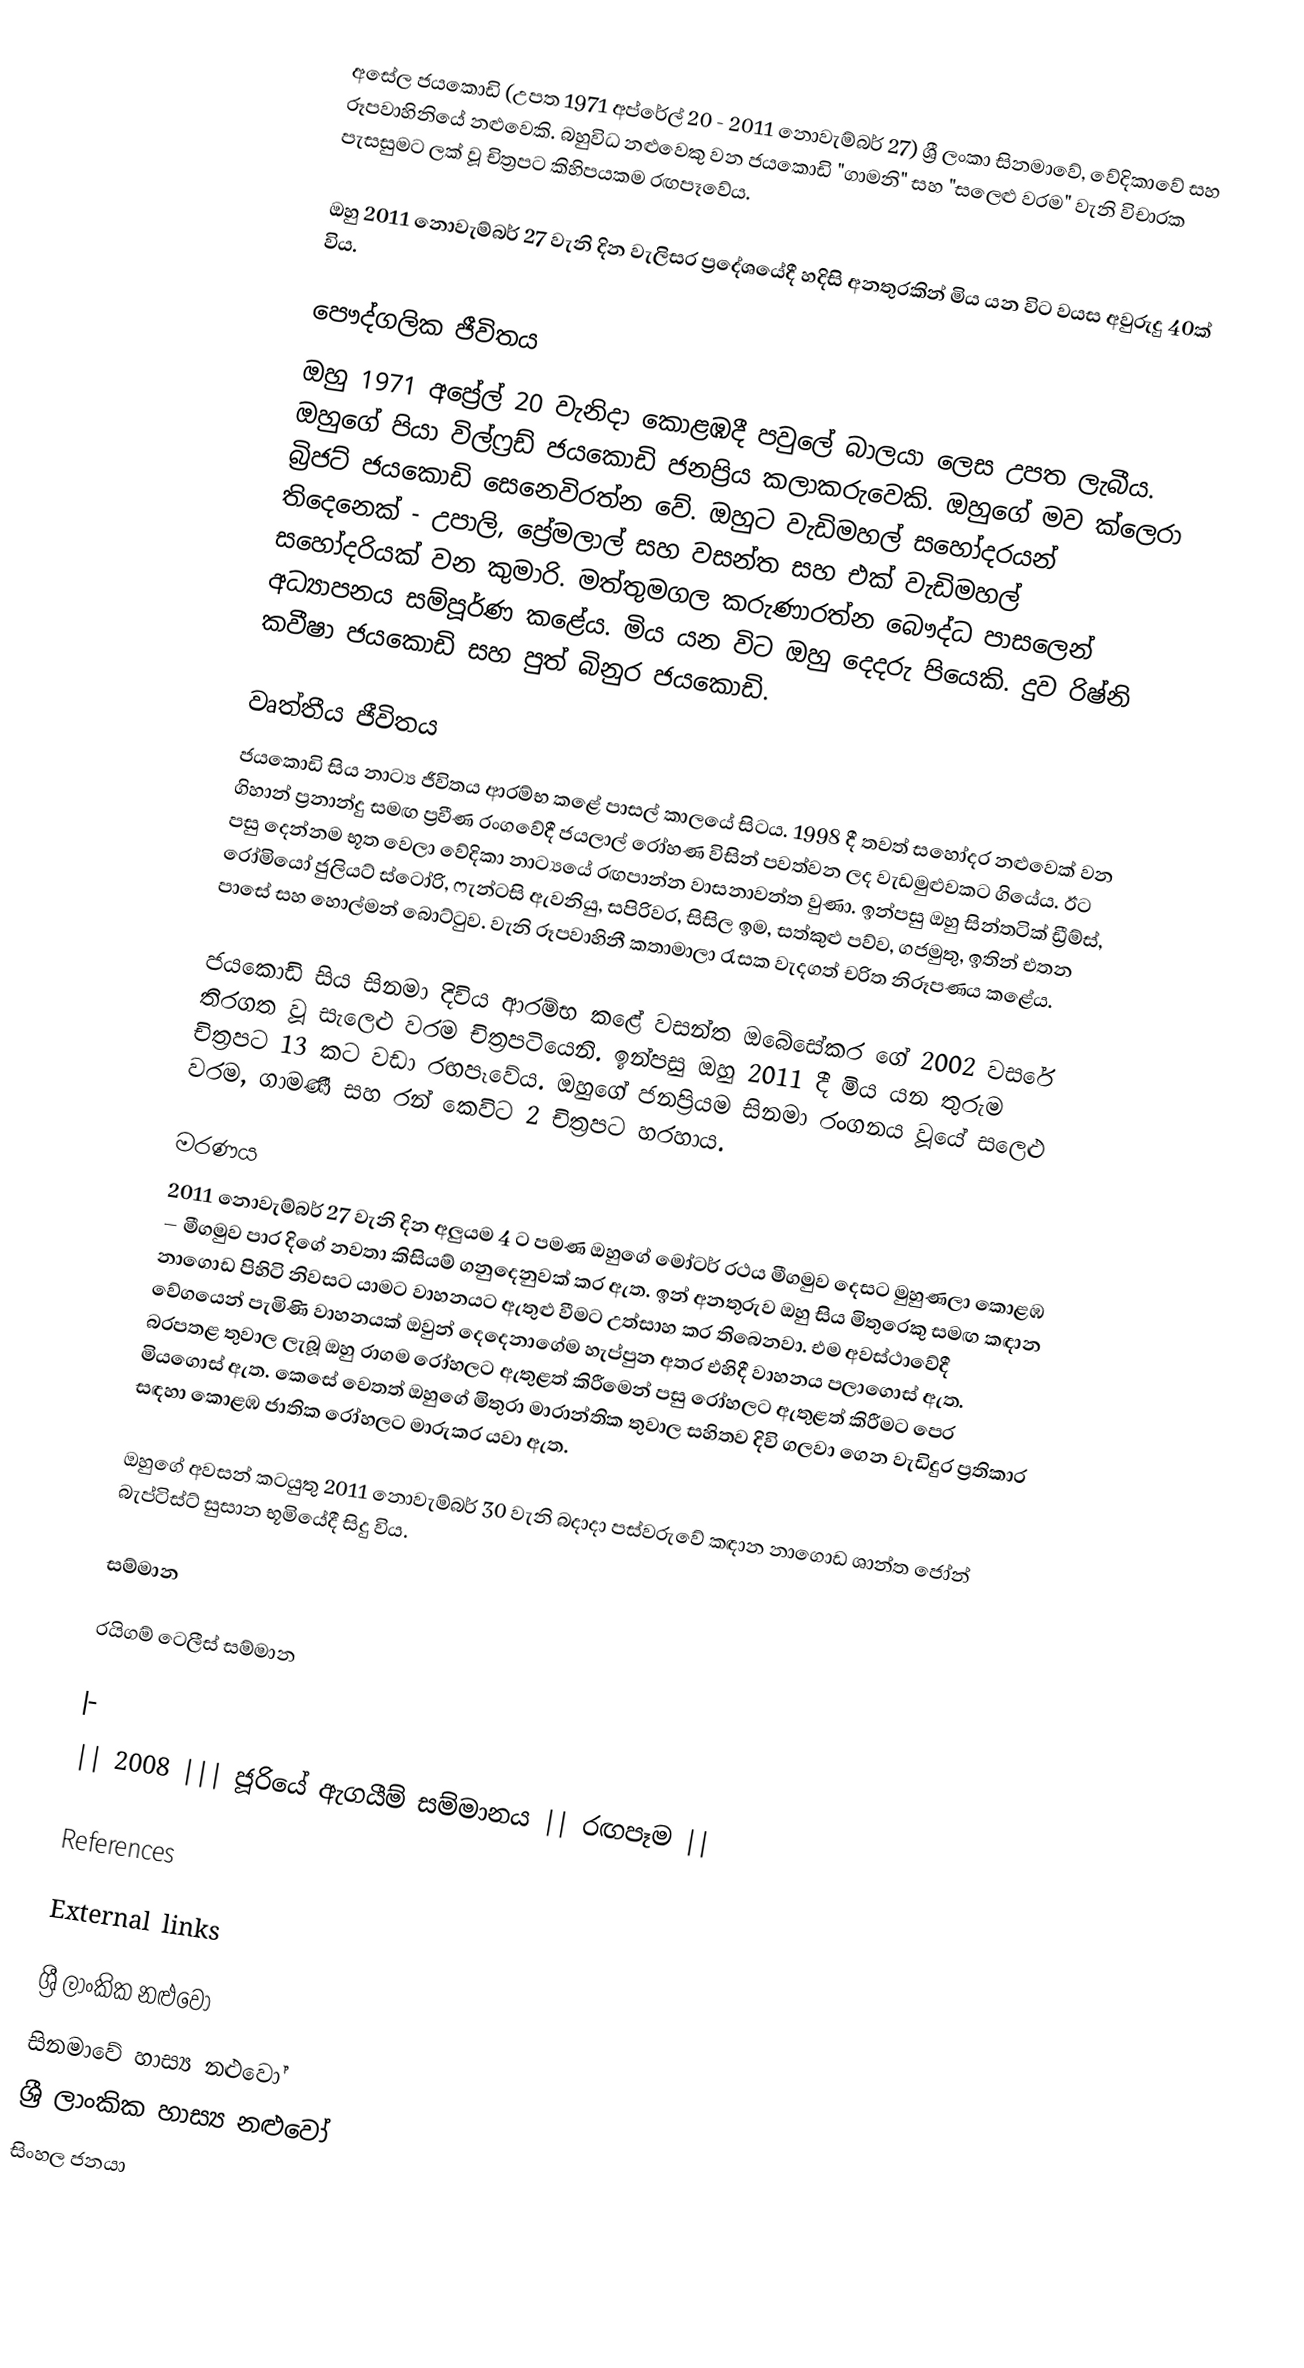
අසේල ජයකොඩි (උපත 1971 අප්රේල් 20 - 2011 නොවැම්බර් 27) ශ්‍රී ලංකා සිනමාවේ, වේදිකාවේ සහ රූපවාහිනියේ නළුවෙකි. බහුවිධ නළුවෙකු වන ජයකොඩි "ගාමනි" සහ "සලෙළු වරම" වැනි විචාරක පැසසුමට ලක් වූ චිත්‍රපට කිහිපයකම රඟපෑවේය.

ඔහු 2011 නොවැම්බර් 27 වැනි දින වැලිසර ප්‍රදේශයේදී හදිසි අනතුරකින් මිය යන විට වයස අවුරුදු 40ක් විය.

පෞද්ගලික ජීවිතය
ඔහු 1971 අප්‍රේල් 20 වැනිදා කොළඹදී පවුලේ බාලයා ලෙස උපත ලැබීය. ඔහුගේ පියා විල්ෆ්‍රඩ් ජයකොඩි ජනප්‍රිය කලාකරුවෙකි. ඔහුගේ මව ක්ලෙරා බ්‍රිජට් ජයකොඩි සෙනෙවිරත්න වේ. ඔහුට වැඩිමහල් සහෝදරයන් තිදෙනෙක් - උපාලි, ප්‍රේමලාල් සහ වසන්ත සහ එක් වැඩිමහල් සහෝදරියක් වන කුමාරි. මත්තුමගල කරුණාරත්න බෞද්ධ පාසලෙන් අධ්‍යාපනය සම්පූර්ණ කළේය. මිය යන විට ඔහු දෙදරු පියෙකි. දුව රිෂ්නි කවීෂා ජයකොඩි සහ පුත් බිනුර ජයකොඩි.

වෘත්තීය ජීවිතය
ජයකොඩි සිය නාට්‍ය ජීවිතය ආරම්භ කළේ පාසල් කාලයේ සිටය. 1998 දී තවත් සහෝදර නළුවෙක් වන ගිහාන් ප්‍රනාන්දු සමඟ ප්‍රවීණ රංගවේදී ජයලාල් රෝහණ විසින් පවත්වන ලද වැඩමුළුවකට ගියේය. ඊට පසු දෙන්නම භූත වෙලා වේදිකා නාට්‍යයේ රඟපාන්න වාසනාවන්ත වුණා. ඉන්පසු ඔහු සින්තටික් ඩ්‍රීම්ස්, රෝමියෝ ජුලියට් ස්ටෝරි, ෆැන්ටසි ඇවනියු, සපිරිවර, සිසිල ඉම, සත්කුළු පව්ව, ගජමුතු, ඉතින් එතන පාසේ සහ හොල්මන් බොට්ටුව. වැනි රූපවාහිනී කතාමාලා රැසක වැදගත් චරිත නිරූපණය කළේය.

ජයකොඩි සිය සිනමා දිවිය ආරම්භ කළේ වසන්ත ඔබේසේකර ගේ 2002 වසරේ තිරගත වූ සැලෙළු වරම චිත්‍රපටියෙනි. ඉන්පසු ඔහු 2011 දී මිය යන තුරුම චිත්‍රපට 13 කට වඩා රඟපෑවේය. ඔහුගේ ජනප්‍රියම සිනමා රංගනය වූයේ සලෙළු වරම, ගාමණී සහ රන් කෙවිට 2 චිත්‍රපට හරහාය.

මරණය
2011 නොවැම්බර් 27 වැනි දින අලුයම 4 ට පමණ ඔහුගේ මෝටර් රථය මීගමුව දෙසට මුහුණලා කොළඹ – මීගමුව පාර දිගේ නවතා කිසියම් ගනුදෙනුවක් කර ඇත. ඉන් අනතුරුව ඔහු සිය මිතුරෙකු සමඟ කඳාන නාගොඩ පිහිටි නිවසට යාමට වාහනයට ඇතුළු වීමට උත්සාහ කර තිබෙනවා. එම අවස්ථාවේදී වේගයෙන් පැමිණි වාහනයක් ඔවුන් දෙදෙනාගේම හැප්පුන අතර එහිදී වාහනය පලාගොස් ඇත. බරපතළ තුවාල ලැබූ ඔහු රාගම රෝහලට ඇතුළත් කිරීමෙන් පසු රෝහලට ඇතුළත් කිරීමට පෙර මියගොස් ඇත. කෙසේ වෙතත් ඔහුගේ මිතුරා මාරාන්තික තුවාල සහිතව දිවි ගලවා ගෙන වැඩිදුර ප්‍රතිකාර සඳහා කොළඹ ජාතික රෝහලට මාරුකර යවා ඇත.

ඔහුගේ අවසන් කටයුතු 2011 නොවැම්බර් 30 වැනි බදාදා පස්වරුවේ කඳාන නාගොඩ ශාන්ත ජෝන් බැප්ටිස්ට් සුසාන භූමියේදී සිදු විය.

සම්මාන

රයිගම් ටෙලීස් සම්මාන

|-
|| 2008 ||| ජූරියේ ඇගයීම් සම්මානය || රඟපෑම ||

References

External links

ශ්‍රී ලාංකික නළුවෝ
සිනමාවේ හාස්‍ය නළුවෝ
ශ්‍රී ලාංකික හාස්‍ය නළුවෝ
සිංහල ජනයා